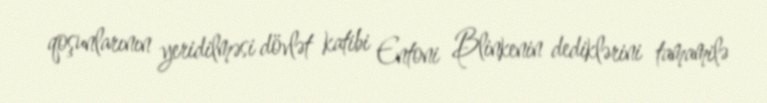
qoşunlarının yeridilməsi dövlət katibi Entoni Blinkenin dediklərini tamamilə